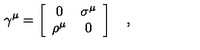
\gamma ^ { \mu } = \left[ \begin{array} { c c } { 0 } & { \sigma ^ { \mu } } \\ { \rho ^ { \mu } } & { 0 } \\ \end{array} \right] \quad ,